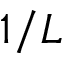
1 / L